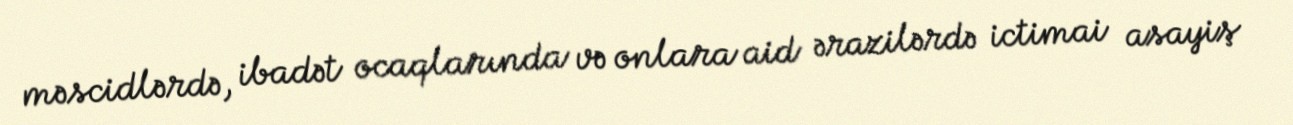
məscidlərdə, ibadət ocaqlarında və onlara aid ərazilərdə ictimai asayiş